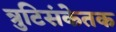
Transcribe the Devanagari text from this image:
त्रुटिसंकेतक